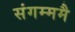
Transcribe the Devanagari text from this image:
संगम्ममै